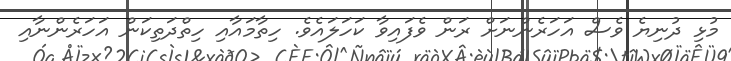
މުޅި ދުނިޔެ ވެސް އަހަރެންނަށް ރަން ވެފައިވާ ކަހަލައެވެ. ހިތާމައާއި ހިތްދަތިކަން އަހަރެންނާއި